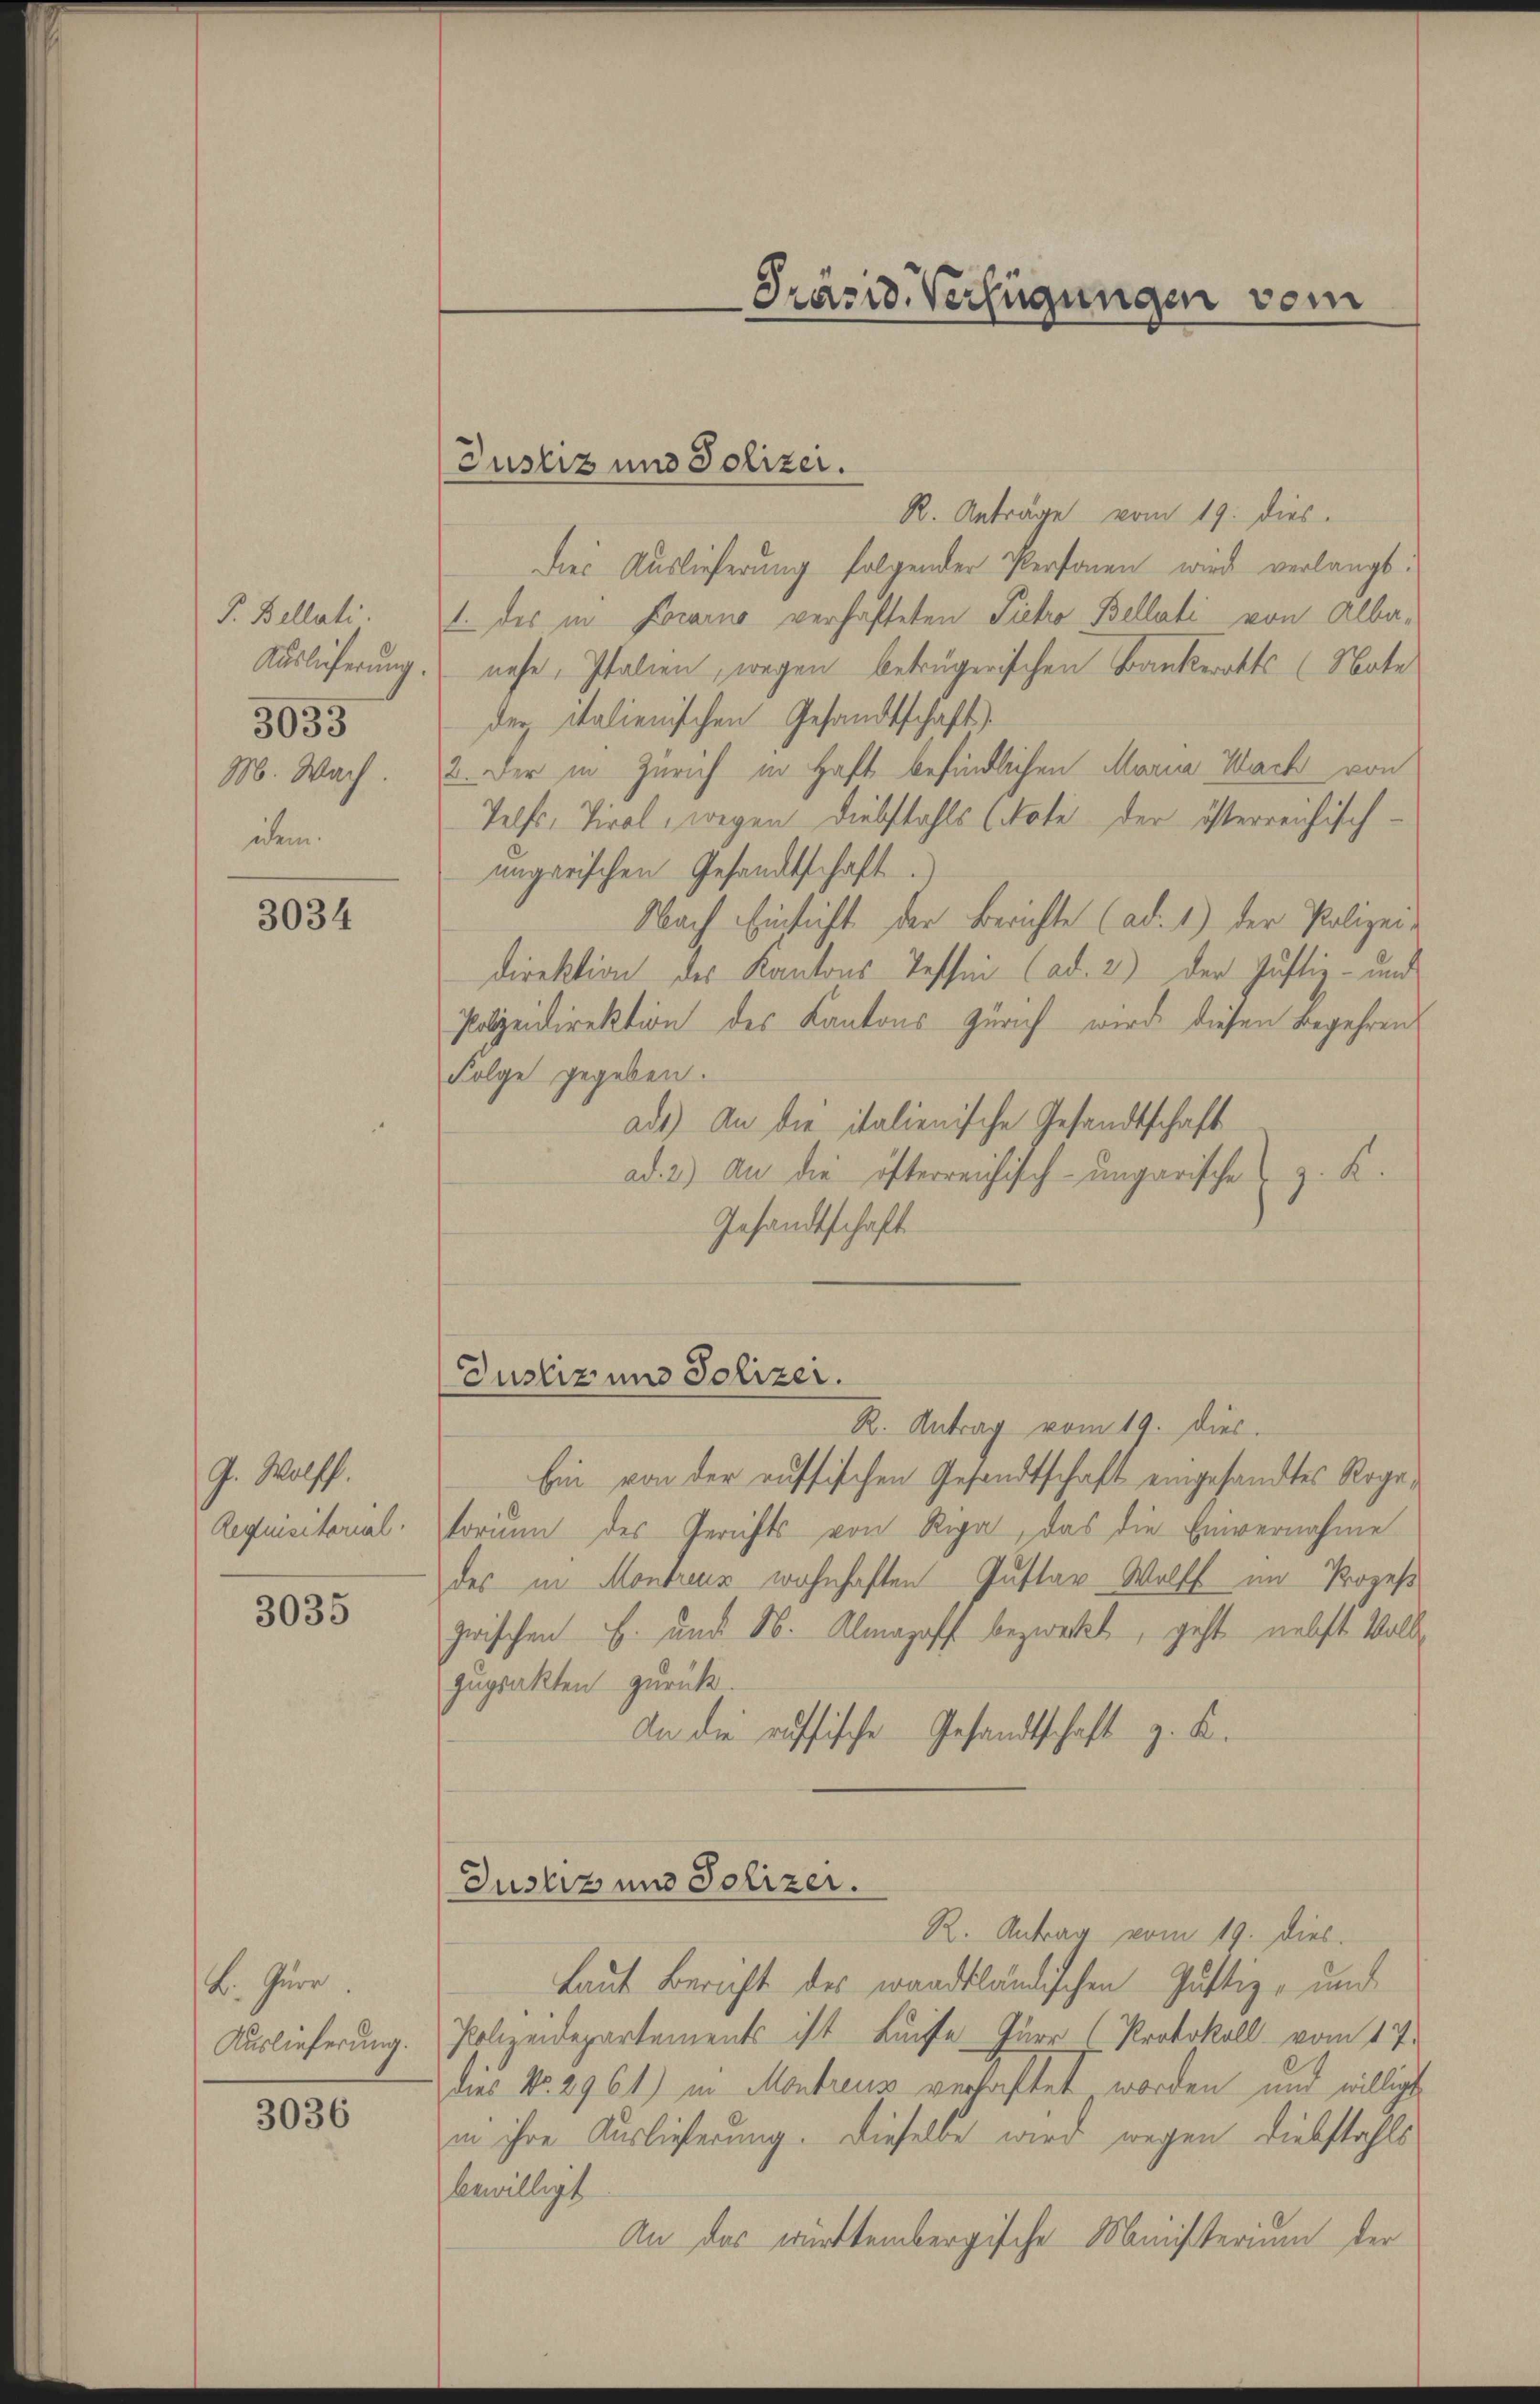
P. Bellati.
Auslieferung.
M. Wach.
uhem.

3033

3034

G. Wolff.
Requisitorial.

3035

2. Jur
Auslieferung.

3036

Justiz und Polizei.

R. Anträge vom 19. dies
Dies Auslieferung folgender Personen wird verlangt.
1. des in Locarno verhafteten Pietro Bellati von Albanese, Italien, wegen betrügerischen Bankerotts (Nate
der italienischen Gesandtschaft)
2. Der in Zürich in Haft befindlichen Maria Wach von
Telfs, Tiral, wegen Diebstahls (Note der österreichisch-
ungarischen Gesandtschaft.
Nach Einsicht der Berichte (ad. 1.) Der Polizei-
direktion des Kantons Tessin (ad. 2.) Der Justiz- und
Polizeidirektion des Kantons Zürich wird diesen Begehrens
Folge gegeben.
ads) An die italienische Gesandtschaft
ad. 2.) An die öfterreichisch-ungarische z. K.
Gesandtschaft
R. Antrag vom 19. dies.
bin von der russischen Gesandtschaft eingesandtes Rogatorium des Gerichts von Regal, das die Einvernahme
des in Montreur wohnhaften Gustav Wolff im Prozeß
zwischen E. und 16. Almahoff bezweckt, geht nebst Valle
gugsakten zurück.
An die russische Gesandtschaft z. K.
Justiz und Polizer.
R. Antrag vom 19. dies.
Laut Bericht des waadtländischen Justiz- und
Polizeidepartements ist Luise Türr (Protokoll vom 17.
dies No. 2961) in Montreus verhaftet worden und willigt
in ihre Auslieferung. Dieselbe wird wegen Diebstahls
bewilligt
An das württembergische Ministerium der

Justiz und Polizei.

Präsid. Verfügungen vom